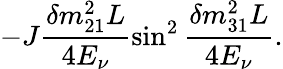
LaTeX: -J\frac{\delta m_{21}^{2}L}{4E_{\nu}}\sin^{2}\frac{\delta m_{31}^{2}L}{4E_{\nu}}.